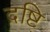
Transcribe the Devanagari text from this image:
द़ष्टि